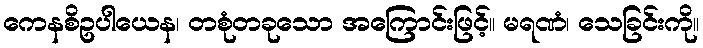
ကေနစိဥပါယေန၊ တစုံတခုသော အကြောင်းဖြင့်။ မရဏံ၊ သေခြင်းကို။